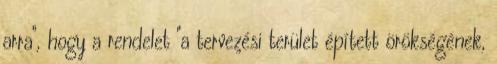
arra", hogy a rendelet "a tervezési terület épített örökségének,